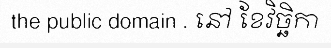
the public domain . នៅ ខែវិច្ឆិកា